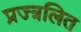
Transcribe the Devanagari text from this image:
प्रज्त्रलित